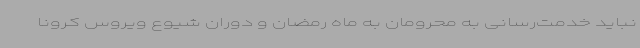
نباید خدمت‌رسانی به محرومان به ماه رمضان و دوران شیوع ویروس کرونا